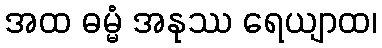
အထ ဓမ္မံ အနုဿ ရေယျာထ၊